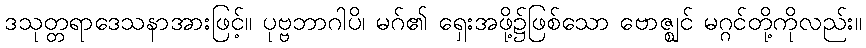
ဒသုတ္တရာဒေသနာအားဖြင့်။ ပုဗ္ဗဘာဂါပိ၊ မဂ်၏ ရှေးအဖို့၌ဖြစ်သော ဗောဇ္ဈင် မဂ္ဂင်တို့ကိုလည်း။